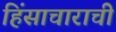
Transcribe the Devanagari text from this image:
हिंसाचाराची